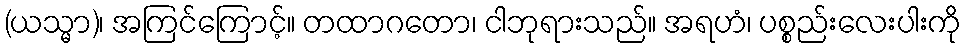
(ယသ္မာ)၊ အကြင်ကြောင့်။ တထာဂတော၊ ငါဘုရားသည်။ အရဟံ၊ ပစ္စည်းလေးပါးကို